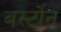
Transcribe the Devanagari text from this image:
बर्स्टोन